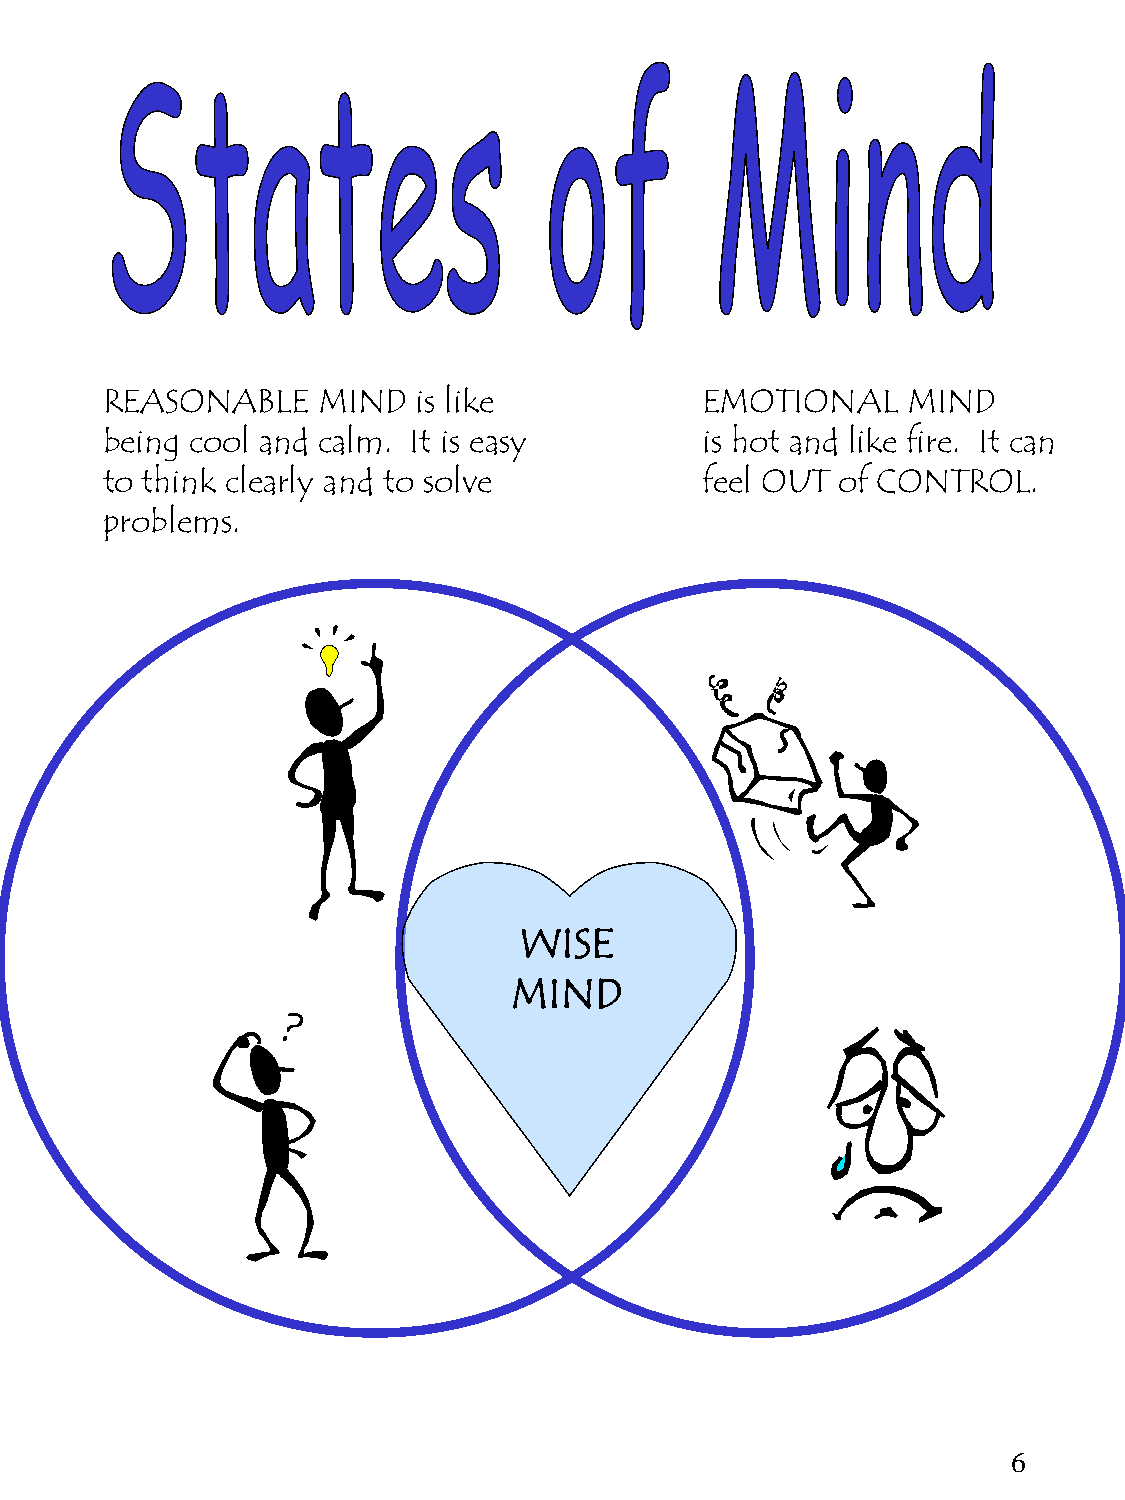
REASONABLE    MIND   is like            EMOTIONAL    MIND
 being cool and calm. It is easy         is hot and like fire. It can
 to think clearly and to solve           feel OUT of CONTROL.
 problems.
 WISE
 MIND
 6